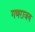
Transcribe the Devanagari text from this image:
गणराजय